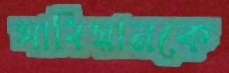
সার্বিয়ানকে